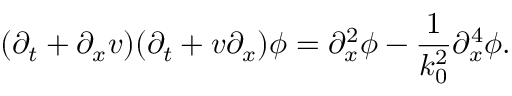
( \partial _ { t } + \partial _ { x } v ) ( \partial _ { t } + v \partial _ { x } ) \phi = \partial _ { x } ^ { 2 } \phi - \frac { 1 } { k _ { 0 } ^ { 2 } } \partial _ { x } ^ { 4 } \phi .